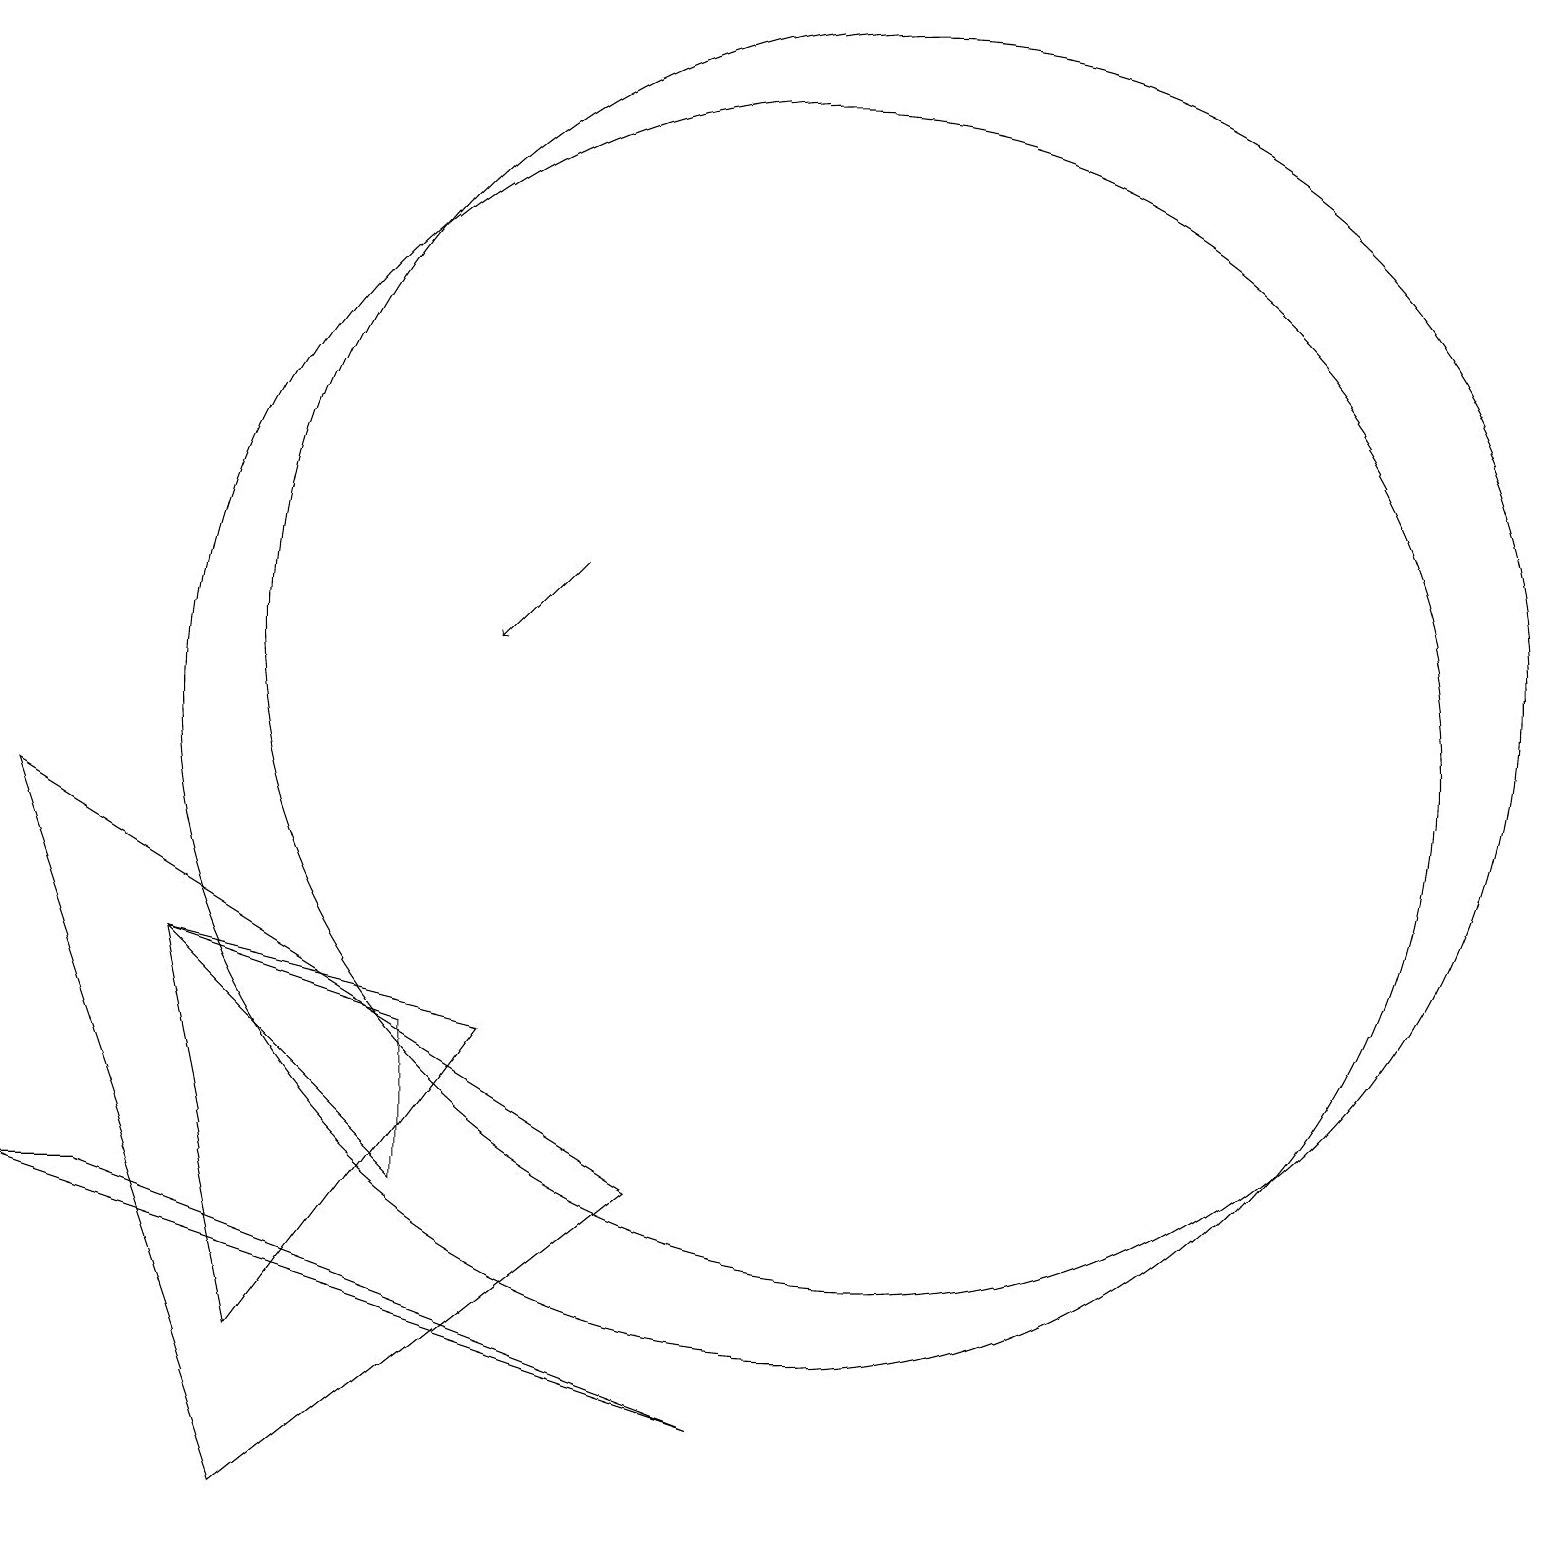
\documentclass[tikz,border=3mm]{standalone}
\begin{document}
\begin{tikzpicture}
\draw (11,11) circle (8);
\draw (2,7) -- (5,4) -- (5,6) -- cycle;
\draw (1,4) -- (9,1) -- (0,4) -- cycle;
\draw (3,2) -- (2,7) -- (6,6) -- cycle;
\draw (11,10) circle (0);
\draw (10,10) circle (8);
\draw (0,9) -- (3,0) -- (8,4) -- cycle;
\draw[->] (7,12) -- (6,11);
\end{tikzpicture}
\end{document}